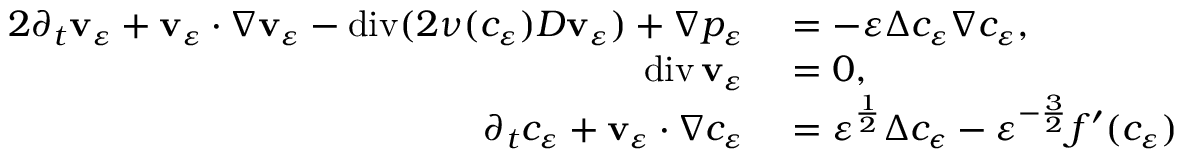
\begin{array} { r l } { { 2 } \partial _ { t } \mathbf { v } _ { \varepsilon } + \mathbf { v } _ { \varepsilon } \cdot \nabla \mathbf { v } _ { \varepsilon } - \operatorname { d i v } ( 2 \nu ( c _ { \varepsilon } ) D \mathbf { v } _ { \varepsilon } ) + \nabla p _ { \varepsilon } } & { { } = - \varepsilon \Delta c _ { \varepsilon } \nabla c _ { \varepsilon } , } \\ { \operatorname { d i v } \mathbf { v } _ { \varepsilon } } & { { } = 0 , } \\ { \partial _ { t } c _ { \varepsilon } + \mathbf { v } _ { \varepsilon } \cdot \nabla c _ { \varepsilon } } & { { } = \varepsilon ^ { \frac { 1 } { 2 } } \Delta c _ { \epsilon } - \varepsilon ^ { - \frac { 3 } { 2 } } f ^ { \prime } ( c _ { \varepsilon } ) } \end{array}